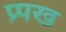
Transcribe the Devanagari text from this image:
प्र्पख